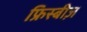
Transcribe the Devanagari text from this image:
फ्रिस्बीज़